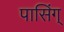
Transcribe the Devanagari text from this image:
पासिंग्